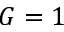
G = 1